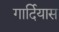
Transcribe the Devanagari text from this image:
गार्दियास